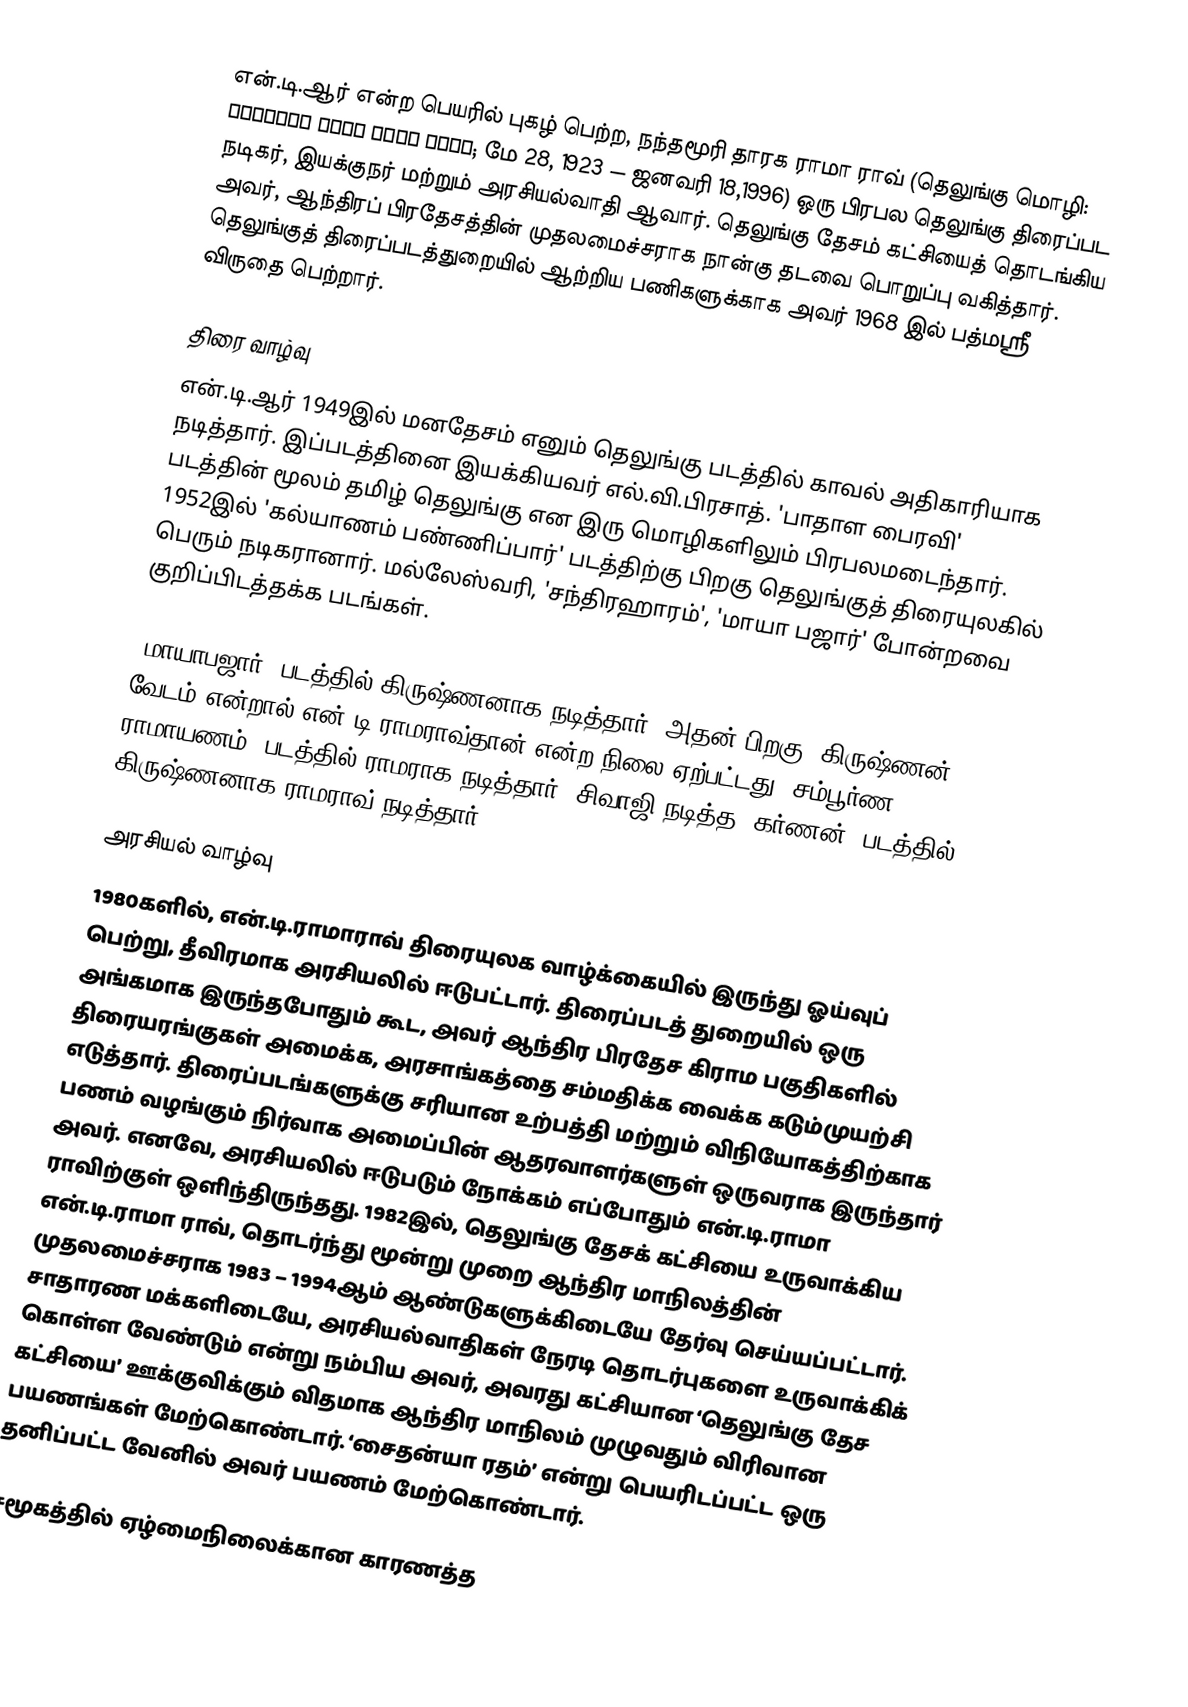
என்.டி.ஆர் என்ற பெயரில் புகழ் பெற்ற, நந்தமூரி தாரக ராமா ராவ் (தெலுங்கு மொழி: నందమూరి తారక రామా రావు; மே 28, 1923 — ஜனவரி 18,1996)  ஒரு பிரபல தெலுங்கு திரைப்பட நடிகர், இயக்குநர் மற்றும் அரசியல்வாதி ஆவார். தெலுங்கு தேசம் கட்சியைத் தொடங்கிய அவர், ஆந்திரப் பிரதேசத்தின் முதலமைச்சராக நான்கு தடவை பொறுப்பு வகித்தார். தெலுங்குத் திரைப்படத்துறையில் ஆற்றிய பணிகளுக்காக அவர் 1968 இல் பத்மஸ்ரீ விருதை பெற்றார்.

திரை வாழ்வு
என்.டி.ஆர் 1949இல் மனதேசம் எனும் தெலுங்கு படத்தில் காவல் அதிகாரியாக நடித்தார். இப்படத்தினை இயக்கியவர் எல்.வி.பிரசாத். 'பாதாள பைரவி' படத்தின் மூலம் தமிழ் தெலுங்கு என இரு மொழிகளிலும் பிரபலமடைந்தார். 1952இல்  'கல்யாணம் பண்ணிப்பார்' படத்திற்கு பிறகு தெலுங்குத் திரையுலகில் பெரும் நடிகரானார். மல்லேஸ்வரி, 'சந்திரஹாரம்', 'மாயா பஜார்' போன்றவை குறிப்பிடத்தக்க படங்கள்.

'மாயாபஜார்' படத்தில் கிருஷ்ணனாக நடித்தார். அதன் பிறகு, கிருஷ்ணன் வேடம் என்றால் என்.டி.ராமராவ்தான் என்ற நிலை ஏற்பட்டது.'சம்பூர்ண ராமாயணம்' படத்தில் ராமராக நடித்தார். சிவாஜி நடித்த 'கர்ணன்' படத்தில், கிருஷ்ணனாக ராமராவ் நடித்தார்.

அரசியல் வாழ்வு
1980களில், என்.டி.ராமாராவ் திரையுலக வாழ்க்கையில் இருந்து ஓய்வுப் பெற்று, தீவிரமாக அரசியலில் ஈடுபட்டார். திரைப்படத் துறையில் ஒரு அங்கமாக இருந்தபோதும் கூட, அவர் ஆந்திர பிரதேச கிராம பகுதிகளில் திரையரங்குகள் அமைக்க, அரசாங்கத்தை சம்மதிக்க வைக்க கடும்முயற்சி எடுத்தார். திரைப்படங்களுக்கு சரியான உற்பத்தி மற்றும் விநியோகத்திற்காக  பணம் வழங்கும் நிர்வாக அமைப்பின் ஆதரவாளர்களுள் ஒருவராக இருந்தார் அவர். எனவே, அரசியலில் ஈடுபடும் நோக்கம் எப்போதும் என்.டி.ராமா ராவிற்குள் ஒளிந்திருந்தது. 1982இல், தெலுங்கு தேசக் கட்சியை உருவாக்கிய என்.டி.ராமா ராவ், தொடர்ந்து மூன்று முறை ஆந்திர மாநிலத்தின் முதலமைச்சராக 1983 – 1994ஆம் ஆண்டுகளுக்கிடையே தேர்வு செய்யப்பட்டார். சாதாரண மக்களிடையே, அரசியல்வாதிகள் நேரடி தொடர்புகளை உருவாக்கிக் கொள்ள வேண்டும் என்று நம்பிய அவர், அவரது கட்சியான ‘தெலுங்கு தேச கட்சியை’ ஊக்குவிக்கும் விதமாக ஆந்திர மாநிலம் முழுவதும் விரிவான பயணங்கள் மேற்கொண்டார். ‘சைதன்யா ரதம்’ என்று பெயரிடப்பட்ட ஒரு தனிப்பட்ட வேனில் அவர் பயணம் மேற்கொண்டார்.

சமூகத்தில் ஏழ்மைநிலைக்கான காரணத்த